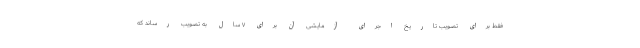
فقط برای تصویب تاریخ اجرای آزمایشی آن برای ۷ سال به تصویب رساند که